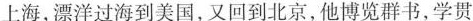
上海，漂洋过海到美国，又回到北京，他博览群书，学贯